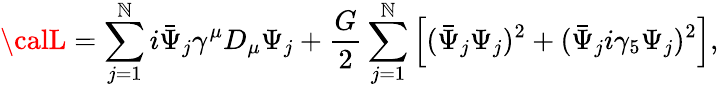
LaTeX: {\calL}=\sum_{j=1}^{\mathbb{N}}i\bar{{\Psi}}_{j}\gamma^{\mu}D_{\mu}\Psi_{j}+\frac{{G}}{{2}}\sum_{j=1}^{\mathbb{N}}\left[(\bar{{\Psi}}_{j}\Psi_{j})^{2}+(\bar{{\Psi}}_{j}i\gamma_{5}\Psi_{j})^{2}\right],